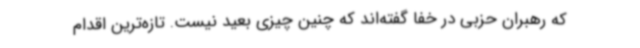
که رهبران حزبی در خفا گفته‌اند که چنین چیزی بعید نیست. تازه‌ترین اقدام